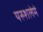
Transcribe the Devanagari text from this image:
यरुशलेमे